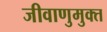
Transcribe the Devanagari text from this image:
जीवाणुमुक्त